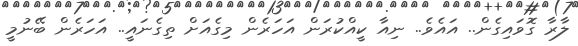
ލާރާ ގޮވައިގެން.. އައެވެ.. ނިއާ ކީއްކުރަން އަހަރެން މިގެއަށް ތިގެނައީ.. އަހަރެން ބޭނުމީ